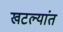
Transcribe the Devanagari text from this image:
खटल्यांत